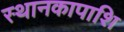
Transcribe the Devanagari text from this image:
स्थानकापाशि